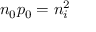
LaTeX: n _ { 0 } p _ { 0 } = n _ { i } ^ { 2 }